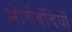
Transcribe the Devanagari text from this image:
मोर्चेबंदियों